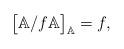
LaTeX: \begin{align*}\big[\mathbb{A}/ f \mathbb{A}\big]_{\mathbb{A}}=f,\end{align*}